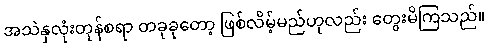
အသဲနှလုံးတုန်စရာ တခုခုတော့ ဖြစ်လိမ့်မည်ဟုလည်း တွေးမိကြသည်။